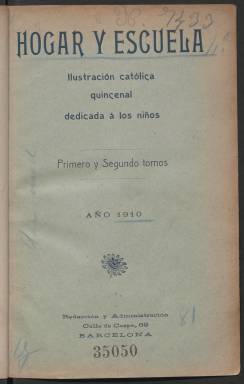
Título: Hogar y escuela
Colección: Revistas infantiles
Ámbito geográfico: Barcelona
Lugar de publicación: Barcelona
Fechas: 01/01/1910-15/12/1910